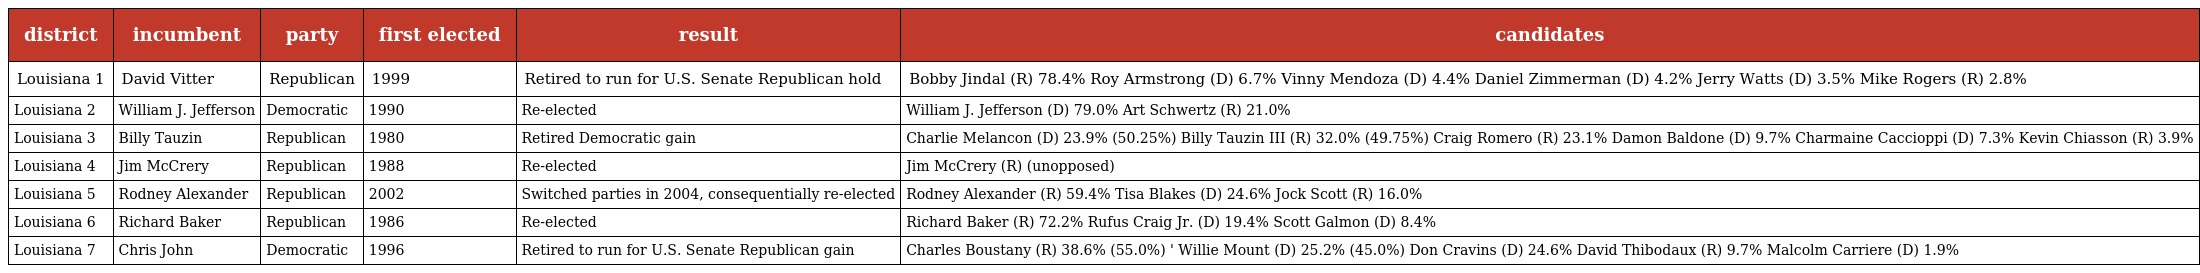
| district | incumbent | party | first elected | result | candidates |
 | --- | --- | --- | --- | --- | --- |
 | Louisiana 1 | David Vitter | Republican | 1999 | Retired to run for U.S. Senate Republican hold | Bobby Jindal (R) 78.4% Roy Armstrong (D) 6.7% Vinny Mendoza (D) 4.4% Daniel Zimmerman (D) 4.2% Jerry Watts (D) 3.5% Mike Rogers (R) 2.8% |
 | Louisiana 2 | William J. Jefferson | Democratic | 1990 | Re-elected | William J. Jefferson (D) 79.0% Art Schwertz (R) 21.0% |
 | Louisiana 3 | Billy Tauzin | Republican | 1980 | Retired Democratic gain | Charlie Melancon (D) 23.9% (50.25%) Billy Tauzin III (R) 32.0% (49.75%) Craig Romero (R) 23.1% Damon Baldone (D) 9.7% Charmaine Caccioppi (D) 7.3% Kevin Chiasson (R) 3.9% |
 | Louisiana 4 | Jim McCrery | Republican | 1988 | Re-elected | Jim McCrery (R) (unopposed) |
 | Louisiana 5 | Rodney Alexander | Republican | 2002 | Switched parties in 2004, consequentially re-elected | Rodney Alexander (R) 59.4% Tisa Blakes (D) 24.6% Jock Scott (R) 16.0% |
 | Louisiana 6 | Richard Baker | Republican | 1986 | Re-elected | Richard Baker (R) 72.2% Rufus Craig Jr. (D) 19.4% Scott Galmon (D) 8.4% |
 | Louisiana 7 | Chris John | Democratic | 1996 | Retired to run for U.S. Senate Republican gain | Charles Boustany (R) 38.6% (55.0%) ' Willie Mount (D) 25.2% (45.0%) Don Cravins (D) 24.6% David Thibodaux (R) 9.7% Malcolm Carriere (D) 1.9% |